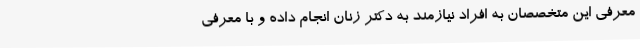
معرفی این متخصصان به افراد نیازمند به دکتر زنان انجام داده و با معرفی